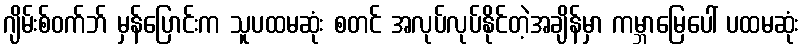
ဂျိမ်းစ်ဝက်ဘ် မှန်ပြောင်းက သူပထမဆုံး စတင် အလုပ်လုပ်နိုင်တဲ့အချိန်မှာ ကမ္ဘာမြေပေါ် ပထမဆုံး